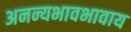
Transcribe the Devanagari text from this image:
अनन्यभावभावाय